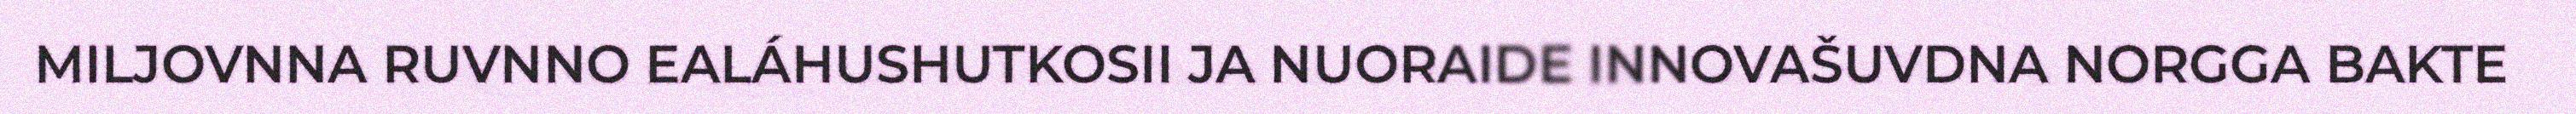
MILJOVNNA RUVNNO EALÁHUSHUTKOSII JA NUORAIDE INNOVAŠUVDNA NORGGA BAKTE